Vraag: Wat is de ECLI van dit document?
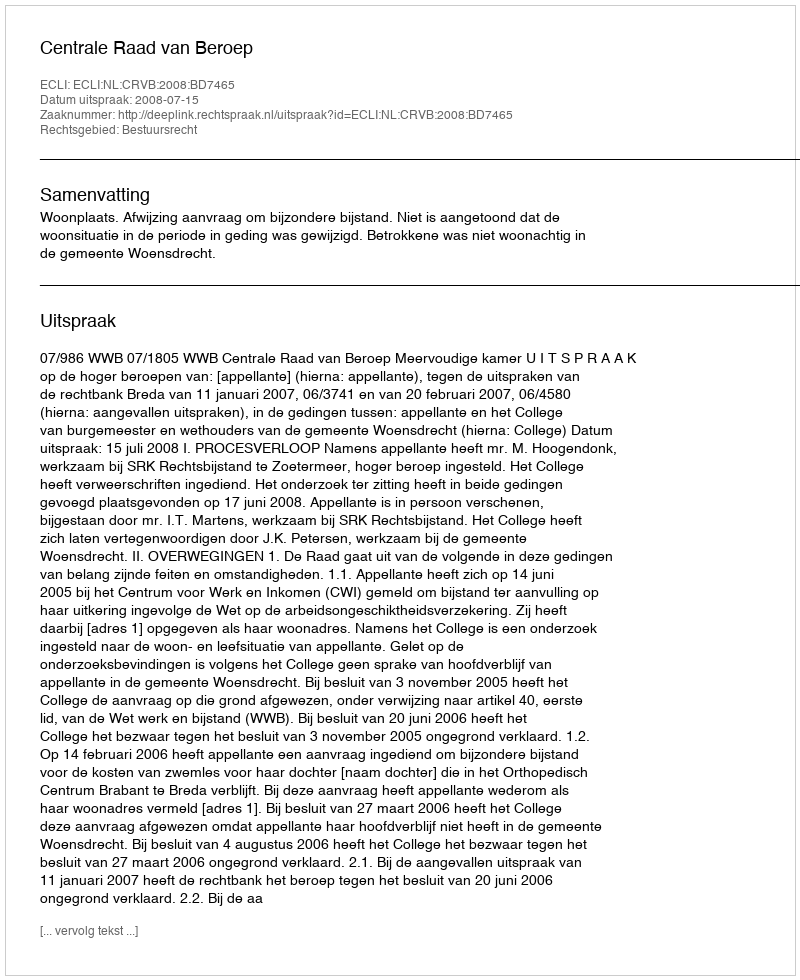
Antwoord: ECLI:NL:CRVB:2008:BD7465